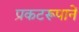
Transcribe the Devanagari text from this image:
प्रकटरूपानें